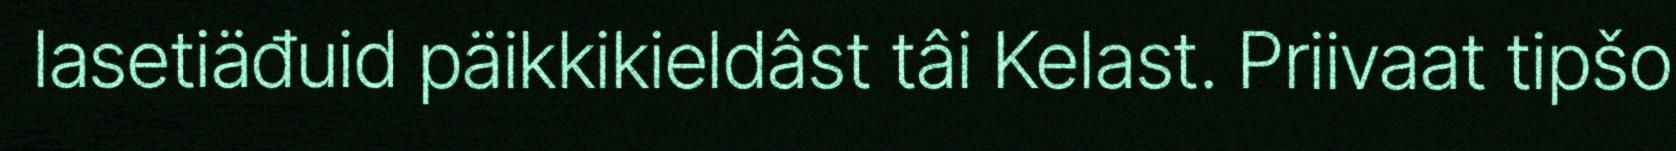
lasetiäđuid päikkikieldâst tâi Kelast. Priivaat tipšo